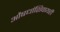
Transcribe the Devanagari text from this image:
औषधांशिवायही